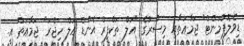
ޑިވެލޮޕްމަންޓް" ޖަމާޢަތާއި މިސްރުގެ "އަލް ތަކްފީރް އެންޑް އަލް ހިޖްރަ" ޖަމާޢަތް އީ.